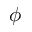
\phi